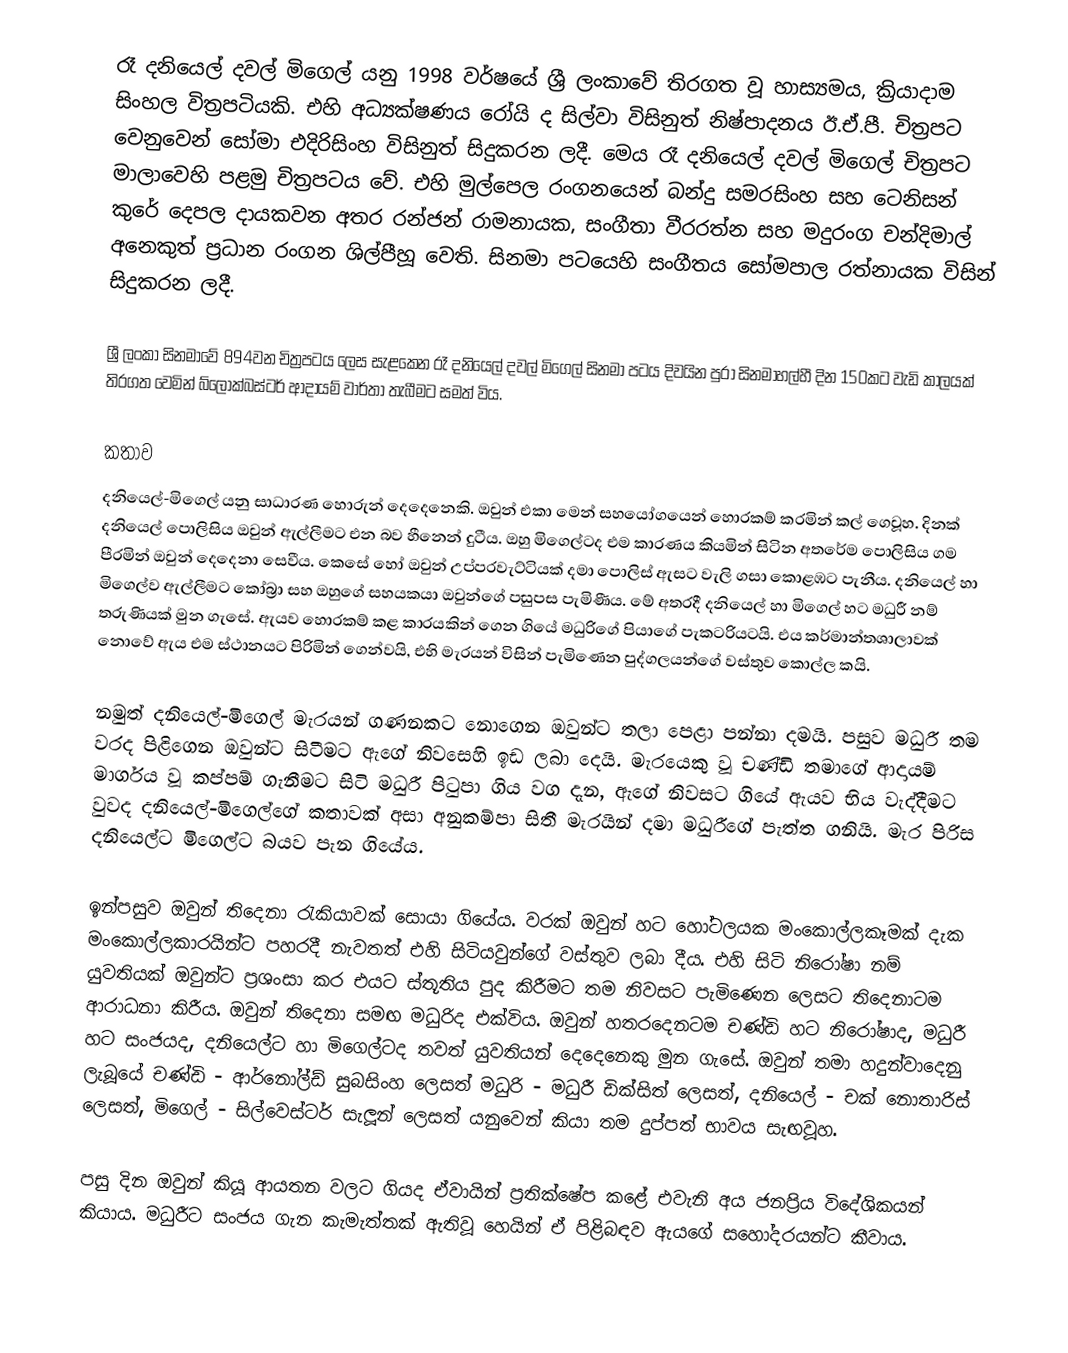
රෑ දනියෙල් දවල් මිගෙල් යනු 1998 වර්ෂයේ ශ්‍රී ලංකාවේ තිරගත වූ හාස්‍යමය, ක්‍රියාදාම සිංහල විත්‍රපටියකි. එහි අධ්‍යක්ෂණය රෝයි ද සිල්වා විසිනුත් නිෂ්පාදනය ඊ.ඒ.පී. චිත්‍රපට වෙනුවෙන් සෝමා එදිරිසිංහ විසිනුත් සිදුකරන ලදී. මෙය රෑ දනියෙල් දවල් මිගෙල් චිත්‍රපට මාලාවෙහි පළමු චිත්‍රපටය වේ. එහි මුල්පෙල රංගනයෙන් බන්දු සමරසිංහ සහ ටෙනිසන් කුරේ දෙපල දායකවන අතර රන්ජන් රාමනායක, සංගීතා වීරරත්න සහ මදුරංග චන්දිමාල් අනෙකුත් ප්‍රධාන රංගන ශිල්පීහූ වෙති. සිනමා පටයෙහි සංගීතය සෝමපාල රත්නායක විසින් සිදුකරන ලදී.

ශ්‍රී ලංකා සිනමාවේ 894වන චිත්‍රපටය ලෙස සැළකෙන රෑ දනියෙල් දවල් මිගෙල් සිනමා පටය දිවයින පුරා සිනමාහල්හී දින 150කට වැඩි කාලයක් තිරගත වෙමින් බ්ලොක්බස්ටර් ආදායම් වාර්තා තැබීමට සමත් විය.

කතාව
දනියෙල්-මිගෙල් යනු සාධාරණ හොරුන් දෙදෙනෙකි. ඔවුන් එකා මෙන් සහයෝගයෙන් හොරකම් කරමින් කල් ගෙවූහ. දිනක් දනියෙල් පොලිසිය ඔවුන් ඇල්ලීමට එන බව හීනෙන් දුටීය. ඔහු මිගෙල්ටද එම කාරණය කියමින් සිටින අතරේම පොලිසිය ගම පීරමින් ඔවුන් දෙදෙනා සෙවීය. කෙසේ හෝ ඔවුන් උප්පරවැට්ටියක් දමා පොලිස් ඇසට වැලි ගසා කොළඹට පැනීය. දනියෙල් හා මිගෙල්ව ඇල්ලීමට කෝබ්‍රා සහ ඔහුගේ සහයකයා ඔවුන්ගේ පසුපස පැමිණීය. මේ අතරදී දනියෙල් හා මිගෙල් හට මධුරී නම් තරුණියක් මුන ගැසේ. ඇයව හොරකම් කළ කාරයකින් ගෙන ගියේ මධුරිගේ පියාගේ පැකටරියටයි. එය කර්මාන්තශාලාවක් නොවේ ඇය එම ස්ථානයට පිරිමින් ගෙන්වයි, එහි මැරයන් විසින් පැමිණෙන පුද්ගලයන්ගේ වස්තුව කොල්ල කයි.

නමුත් දනියෙල්-මිගෙල් මැරයන් ගණනකට නොගෙන ඔවුන්ට තලා පෙළා පන්නා දමයි. පසුව මධුරී තම වරද පිළිගෙන ඔවුන්ට සිටීමට ඇගේ නිවසෙහි ඉඩ ලබා දෙයි. මැරයෙකු වූ චණ්ඩි තමාගේ ආදායම් මාර්ගය වූ කප්පම් ගැනීමට සිටි මධුරී පිටුපා ගිය වග දැන, ඇගේ නිවසට ගියේ ඇයව භිය වැද්දීමට වුවද දනියෙල්-මිගෙල්ගේ කතාවක් අසා අනුකම්පා සිතී මැරයින් දමා මධුරීගේ පැත්ත ගනියි. මැර පිරිස දනියෙල්ට මිගෙල්ට බයව පැන ගියේය.

ඉන්පසුව ඔවුන් තිදෙනා රැකියාවක් සොයා ගියේය. වරක් ඔවුන් හට හෝටලයක මංකොල්ලකෑමක් දැක මංකොල්ලකාරයින්ට පහරදී නැවතත් එහි සිටියවුන්ගේ වස්තුව ලබා දීය. එහි සිටි නිරෝෂා නම් යුවතියක් ඔවුන්ට ප්‍රශංසා කර එයට ස්තූතිය පුද කිරීමට තම නිවසට පැමිණෙන ලෙසට තිදෙනාටම ආරාධනා කිරීය. ඔවුන් තිදෙනා සමඟ මධුරිද එක්විය. ඔවුන් හතරදෙනටම චණ්ඩි හට නිරෝෂාද, මධුරී හට සංජයද, දනියෙල්ට හා මිගෙල්ටද තවත් යුවතියන් දෙදෙනෙකු මුන ගැසේ. ඔවුන් තමා හදුන්වාදෙනු ලැබූයේ චණ්ඩි - ආර්නෝල්ඩ් සුබසිංහ ලෙසත්  මධුරි - මධුරී ඩික්සිත් ලෙසත්, දනියෙල් - චක් නොතාරිස් ලෙසත්, මිගෙල් - සිල්වෙස්ටර් සැලූන් ලෙසත් යනුවෙන් කියා තම දුප්පත් භාවය සැඟවූහ.

පසු දින ඔවුන් කියූ ආයතන වලට ගියද ඒවායින් ප්‍රතික්ෂේප කළේ  එවැනි අය ජනප්‍රිය විදේශිකයන් කියාය. මධුරීට සංජය ගැන කැමැත්තක් ඇතිවූ හෙයින් ඒ පිළිබඳව ඇයගේ සහෝදරයන්ට කීවාය.